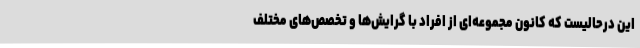
این درحالیست که کانون مجموعه‌ای از افراد با گرایش‌ها و تخصص‌های مختلف